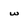
Character: w